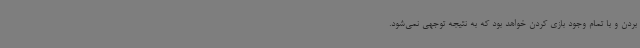
بردن و با تمام وجود بازی کردن خواهد بود که به نتیجه توجهی نمی‌شود.